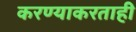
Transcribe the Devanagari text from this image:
करण्याकरताही